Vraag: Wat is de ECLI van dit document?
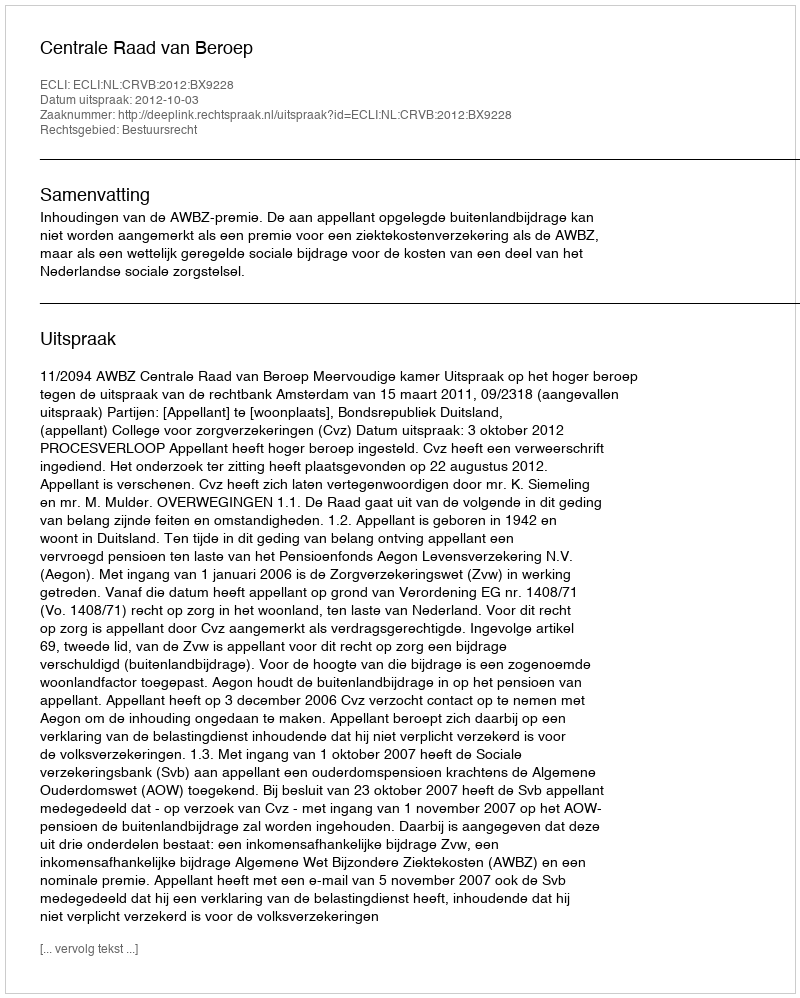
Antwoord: ECLI:NL:CRVB:2012:BX9228